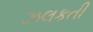
ઝલકતી